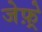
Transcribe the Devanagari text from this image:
जेफ़्रे